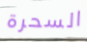
السحرة